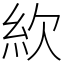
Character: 䊻